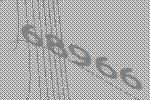
68966